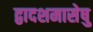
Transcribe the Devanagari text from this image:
द्वादशमासेषु